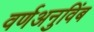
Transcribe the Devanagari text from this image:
वर्णअनुविंब